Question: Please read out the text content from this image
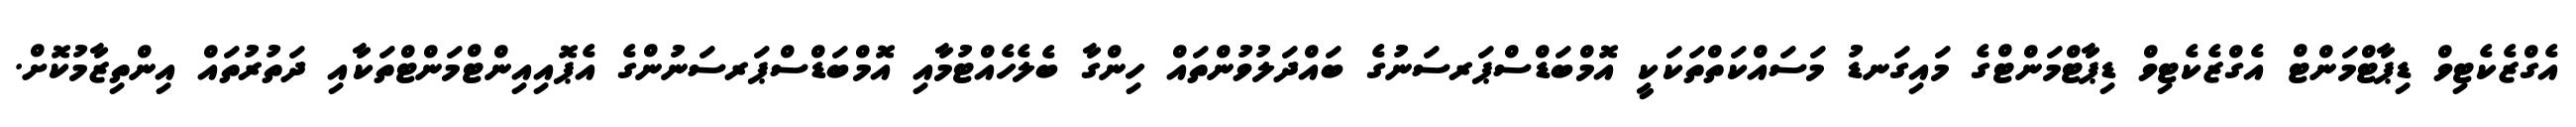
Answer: އެގްޒެކެޓިވް ޑިޕާޓްމަންޓް އެގްޒެކެޓިވް ޑިޕާޓްމަންޓްގެ މައިގަނޑު މަސައްކަތްތަކަކީ އޮމްބަޑްސްޕަރސަނުގެ ބައްދަލުވުންތައް ހިންގާ ބެލެހެއްޓުމާއި އޮމްބަޑްސްޕަރސަނުންގެ އެޕޮއިއިންޓްމަންޓްތަކާއި ދަތުރުތައް އިންތިޒާމުކޮށް.